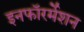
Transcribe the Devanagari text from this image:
इनफॉरर्मेशन